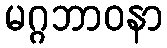
မဂ္ဂဘာဝနာ